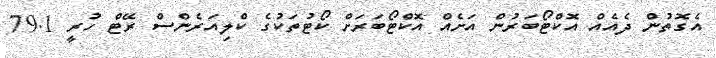
އެގޮތުން ދެއެއް އޮކްޓޯބަރުން އަށެއް އޮކްޓޯބަރަށް ކޯޓުތަކުގެ ކްލިއަރެންސް ރޭޓް ހުރީ 79.1